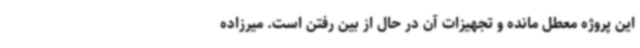
این پروژه معطل مانده و تجهیزات آن در حال از بین رفتن است. میرزاده